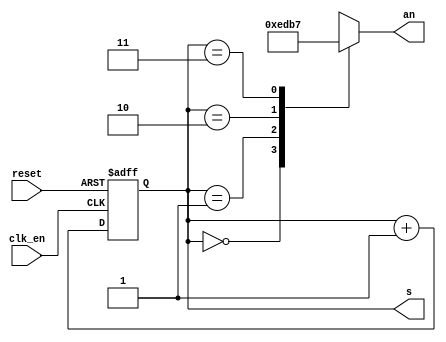
`timescale 1ns / 1ps

module Anode_Driver(
    input reset,
    input clk_en,
    output reg [1:0] s,
    output reg [3:0] an
    );
    
    always @(posedge clk_en or posedge reset)
        if (reset) begin
            s <= 0;
        end
        else begin
            s <= s + 1;
        end
        
    always @(s)
        case (s)
            2'b00 : an = 4'b1110;
            2'b01 : an = 4'b1101;
            2'b10 : an = 4'b1011;
            2'b11 : an = 4'b0111;
        endcase
endmodule